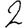
Digit: 2